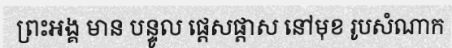
ព្រះអង្គ មាន បន្ទូល ផ្តេសផ្តាស នៅមុខ រូបសំណាក